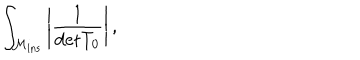
LaTeX: \int _ { { \cal M } _ { \mathrm { i n s } } } \left\vert \frac { 1 } { \mathrm { d e t } T _ { 0 } } \right\vert ,